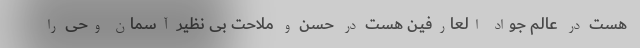
هست در عالم جواد العارفیـن هست در حسن و ملاحت بی نظیر آسمان وحی را